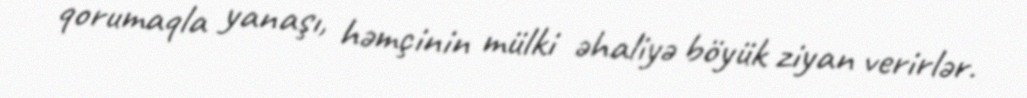
qorumaqla yanaşı, həmçinin mülki əhaliyə böyük ziyan verirlər.